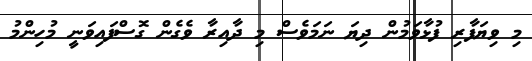
މި ވިޔަފާރި ފުޅާވަމުން ދިޔަ ނަމަވެސް މި ދާއިރާ ވެގެން ގޮސްފައިވަނީ މުހިންމު